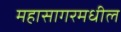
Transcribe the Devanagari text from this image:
महासागरमधील